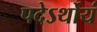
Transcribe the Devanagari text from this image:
पदेऽर्थोयं